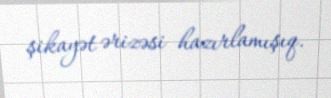
şikayət ərizəsi hazırlamışıq.